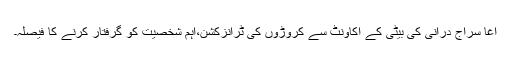
آغا سراج درانی کی بیٹی کے اکاؤنٹ سے کروڑوں کی ٹرانزکشن،اہم شخصیت کو گرفتار کرنے کا فیصلہ۔